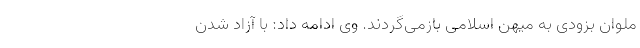
ملوان بزودی به میهن اسلامی بازمی‌گردند. وی ادامه داد: با آزاد شدن